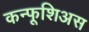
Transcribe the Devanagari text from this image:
कन्फूशिअस